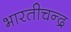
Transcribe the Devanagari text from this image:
भारतीचन्द्र